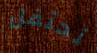
نحتفل